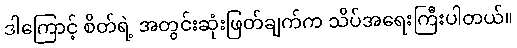
ဒါကြောင့် စိတ်ရဲ့ အတွင်းဆုံးဖြတ်ချက်က သိပ်အရေးကြီးပါတယ်။